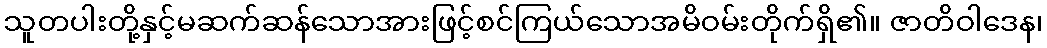
သူတပါးတို့နှင့်မဆက်ဆန်သောအားဖြင့်စင်ကြယ်သောအမိဝမ်းတိုက်ရှိ၏။ ဇာတိဝါဒေန၊